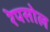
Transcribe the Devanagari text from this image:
रेपसोल